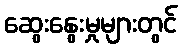
ဆွေးနွေးမှုများတွင်